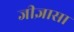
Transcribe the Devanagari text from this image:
जीज्ञासा